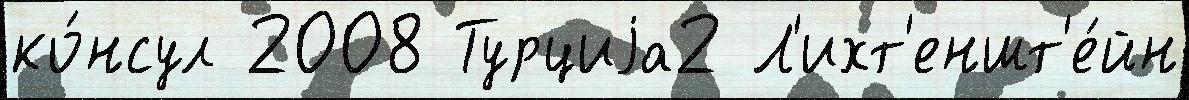
ко́нсул 2008 Турциjа2 Л'ихт'еншт'е́йн